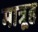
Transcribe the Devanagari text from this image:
मात्रूह